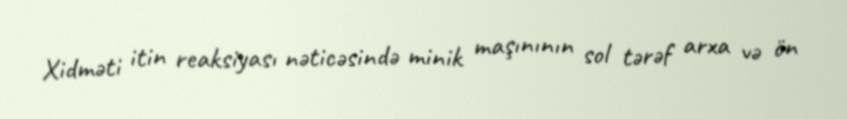
Xidməti itin reaksiyası nəticəsində minik maşınının sol tərəf arxa və ön